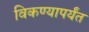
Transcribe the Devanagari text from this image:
विकण्यापर्यंत